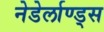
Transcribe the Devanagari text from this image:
नेडेर्लाण्ड्स